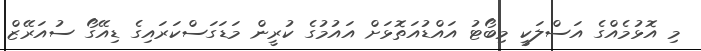
މި އޮޅުމެއްގެ އަސްލަކީ މިބޯޓު އައްޑުއަތޮޅަށް އައުމުގެ ކުރީން މަޑަގަސްކަރައިގެ ޑިއޭގޯ ސުއަރޭޒް